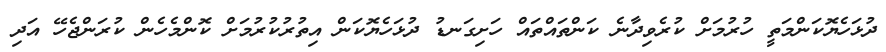
ދުޅަހެޔޮކަންމަތީ ހުރުމަށް ކުރެވިދާނެ ކަންތައްތައް ހަށިގަނޑު ދުޅަހެޔޮކަން އިތުރުކުރުމަށް ކޮންމެހެން ކުރަންޖެހޭ އަދި